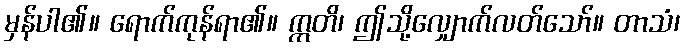
မှန်ပါ၏။ ရောက်ကုန်ရာ၏။ ဣတိ၊ ဤသို့လျှောက်လတ်သော်။ တာသံ၊